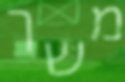
משך